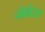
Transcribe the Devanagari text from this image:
चौबीसा